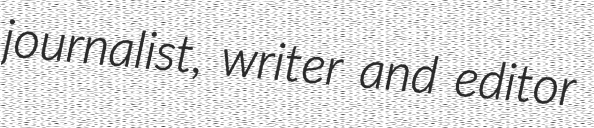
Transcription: journalist, writer and editor